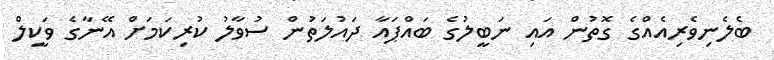
ބެލެނިވެރިއެއްގެ ގޮތުން އައި ނަބީލުގެ ބައްޕައާ ދައުލަތުން ސުވާލު ކުރިކަމަށް އޭނާގެ ވަކީލް